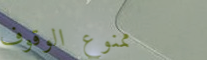
ممنوع الوقوف